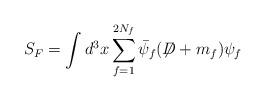
LaTeX: \begin{align*}S_F = \int d^3x \sum_{f=1}^{2N_f} \bar\psi_f (\not{\!\! D} +m_f) \psi_f\end{align*}